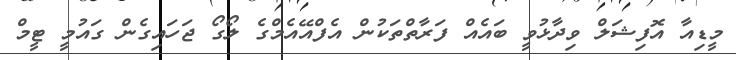
މީޑިއާ އޮފިޝަލް ވިދާޅުވީ ބައެއް ފަރާތްތަކުން އެފްއޭއެމްގެ ލޯގޯ ޖަހައިގެން ގައުމީ ޓީމް